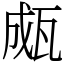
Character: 㼩